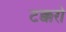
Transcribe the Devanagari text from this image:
टक्करो